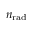
n _ { \mathrm { r a d } }